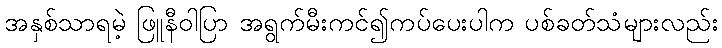
အနှစ်သာရမဲ့ ဖြူနီဝါပြာ အရွက်မီးကင်၍ကပ်ပေးပါက ပစ်ခတ်သံများလည်း